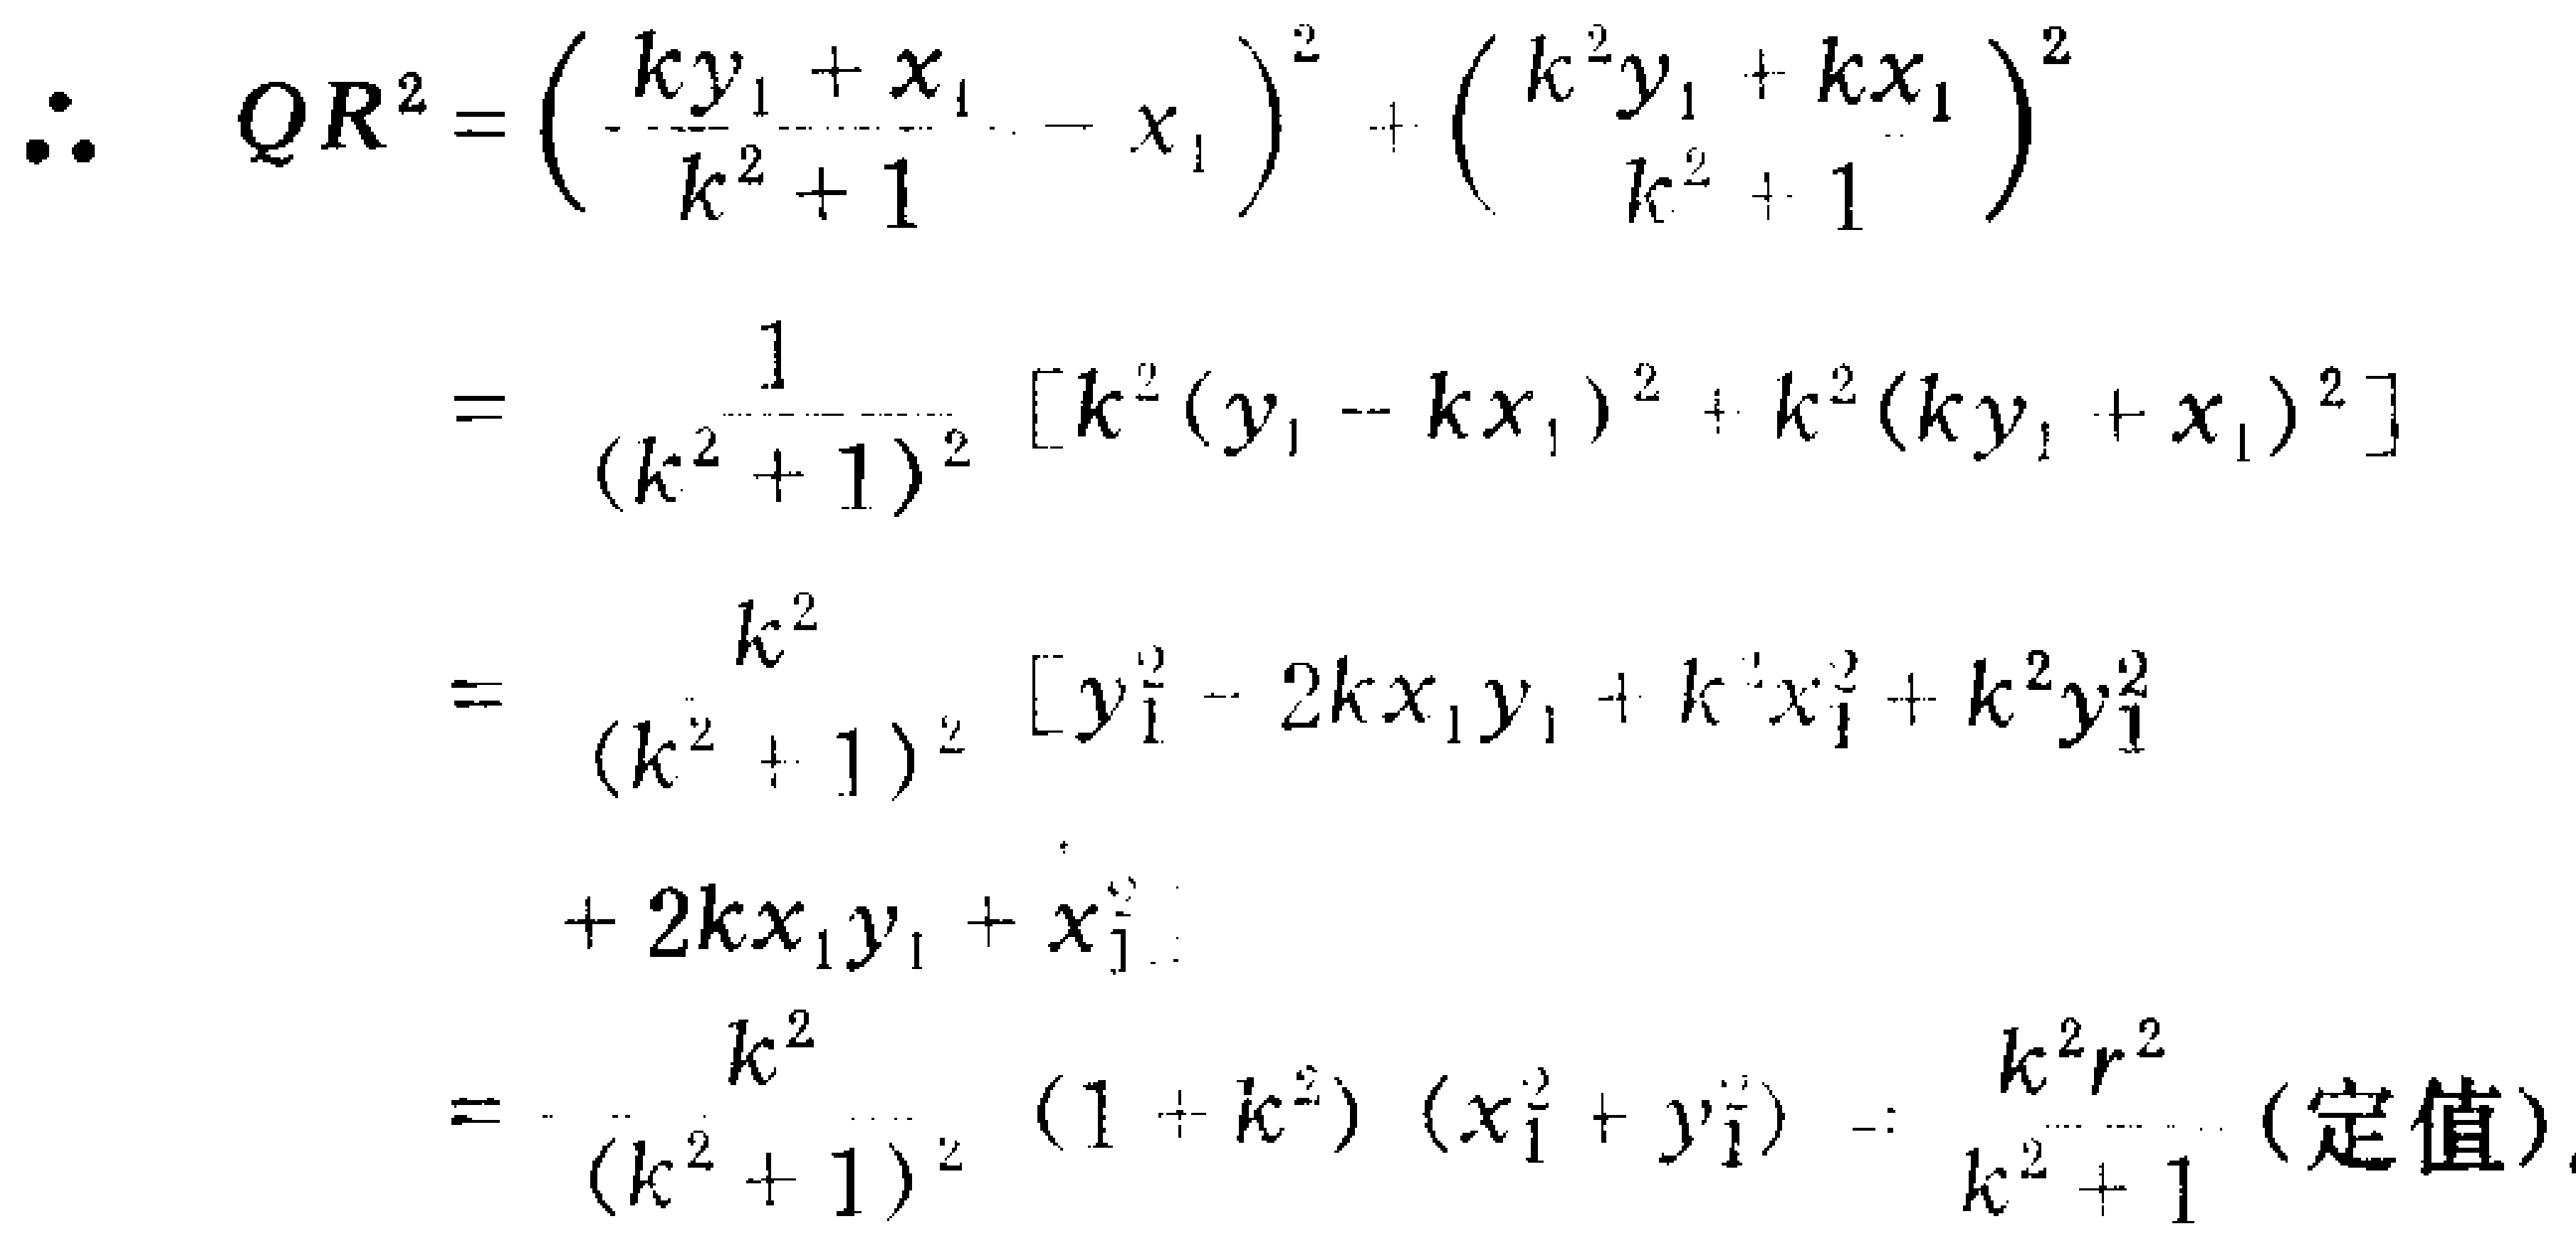
\[

\begin{align*}

\therefore\ QR^{2}&=\left(\frac{ky_{1} + x_{1}}{k^{2}+1}-x_{1}\right)^{2}+\left(\frac{k^{2}y_{1}+kx_{1}}{k^{2}+1}\right)^{2}\\

&=\frac{1}{(k^{2}+1)^{2}}\left[k^{2}(y_{1}-kx_{1})^{2}+k^{2}(ky_{1}+x_{1})^{2}\right]\\

&=\frac{k^{2}}{(k^{2}+1)^{2}}\left[y_{1}^{2}-2kx_{1}y_{1}+k^{2}x_{1}^{2}+k^{2}y_{1}^{2}\right.\\

&\quad\left.+2kx_{1}y_{1}+x_{1}^{2}\right]\\

&=\frac{k^{2}}{(k^{2}+1)^{2}}(1 + k^{2})(x_{1}^{2}+y_{1}^{2})=\frac{k^{2}r^{2}}{k^{2}+1}\ (\text{定值})

\end{align*}

\]